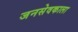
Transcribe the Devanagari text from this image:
जनसेवकाला